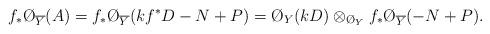
LaTeX: \begin{align*}f_* \O_{\overline{Y}}(A) = f_* \O_{\overline{Y}}( kf^* D - N + P) = \O_Y(kD) \otimes_{\O_Y} f_* \O_{\overline{Y}}( -N + P).\end{align*}